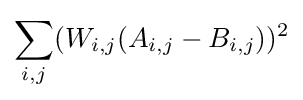
\sum _{i,j}(W_{i,j}(A_{i,j}-B_{i,j}))^{2}